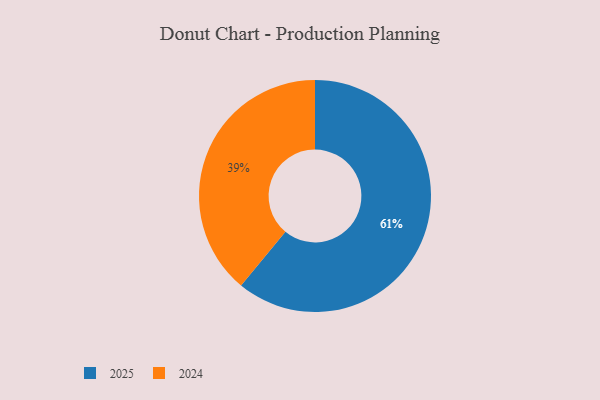
{"axis": {"x": "Category", "y": "Percentage"}, "legend": ["2024", "2025"], "data": [{"x": "2025", "y": 61, "type": "2025"}, {"x": "2024", "y": 39, "type": "2024"}]}